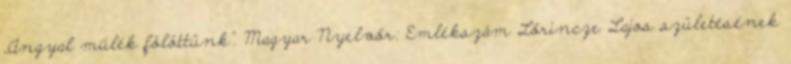
„Angyal múlék fölöttünk”. Magyar Nyelvőr: Emlékszám Lőrincze Lajos születésének